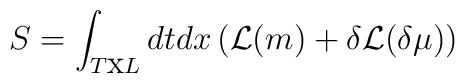
S=\int _{T\textrm{x}L}dtdx\left( {\cal {\mathcal{L}}}(m)+\delta {\cal {\mathcal{L}}}(\delta \mu )\right)